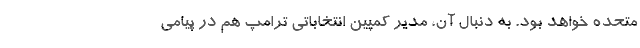
متحده خواهد بود. به دنبال آن، مدیر کمپین انتخاباتی ترامپ هم در پیامی